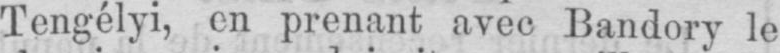
Tengélyi, en prenant avec Bandory le